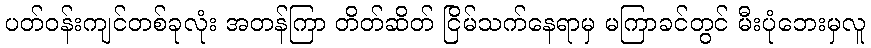
ပတ်ဝန်းကျင်တစ်ခုလုံး အတန်ကြာ တိတ်ဆိတ် ငြိမ်သက်နေရာမှ မကြာခင်တွင် မီးပုံဘေးမှလူ